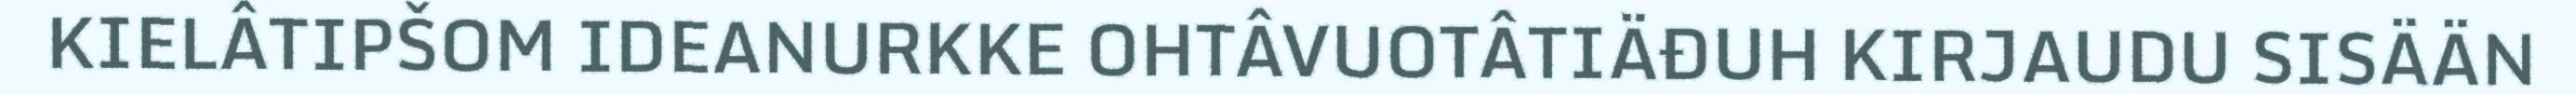
KIELÂTIPŠOM IDEANURKKE OHTÂVUOTÂTIÄĐUH KIRJAUDU SISÄÄN